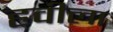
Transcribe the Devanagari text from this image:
हवीला